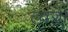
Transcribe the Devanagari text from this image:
त्वज्जो